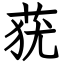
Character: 莸